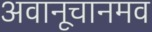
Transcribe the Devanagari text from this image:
अवानूचानमव